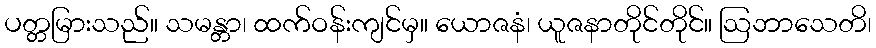
ပတ္တမြားသည်။ သမန္တာ၊ ထက်ဝန်းကျင်မှ။ ယောဇနံ၊ ယူဇနာတိုင်တိုင်။ ဩဘာသေတိ၊